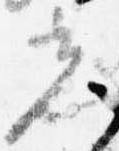
光